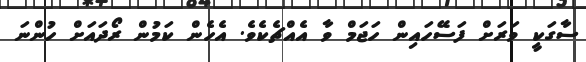
ސާގަކީ ވަރަށް ފަސޭހައިން ހަޖަމް ވާ އެއްޗެކެވެ. އެހެން ކަމުން ރޯދައަށް ހުންނަ